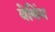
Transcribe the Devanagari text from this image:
वेबिंग